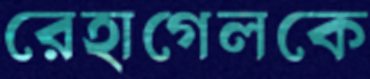
রেহাগেলকে